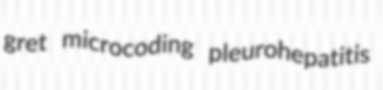
gret microcoding pleurohepatitis